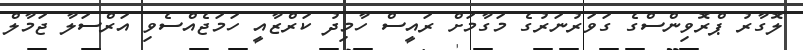
ލޮގާރު ޕްރޮވިންސްގެ ގަވަރުނަރުގެ މަގާމަށް ރައީސް ހާމިދު ކަރްޒާއީ ހަމަޖެއްސެވި އަރްސަލާ ޖަމާލް